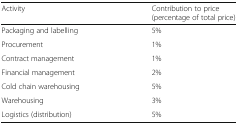
<table><thead><tr><td><b>Activity</b></td><td><b>Contribution to price (percentage of total price)</b></td></tr></thead><tbody><tr><td>Packaging and labelling</td><td>5%</td></tr><tr><td>Procurement</td><td>1%</td></tr><tr><td>Contract management</td><td>1%</td></tr><tr><td>Financial management</td><td>2%</td></tr><tr><td>Cold chain warehousing</td><td>5%</td></tr><tr><td>Warehousing</td><td>3%</td></tr><tr><td>Logistics (distribution)</td><td>5%</td></tr></tbody></table>